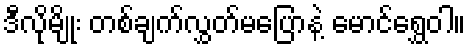
ဒီလိုမျိုး တစ်ချက်လွှတ်မပြောနဲ့ မောင်ရွှေဝါ။